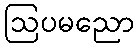
ဩပမညော